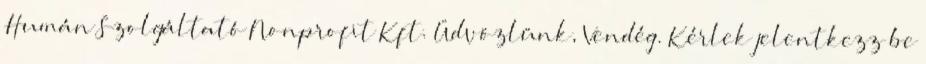
Humán Szolgáltató Nonprofit Kft. Üdvözlünk, Vendég. Kérlek jelentkezz be